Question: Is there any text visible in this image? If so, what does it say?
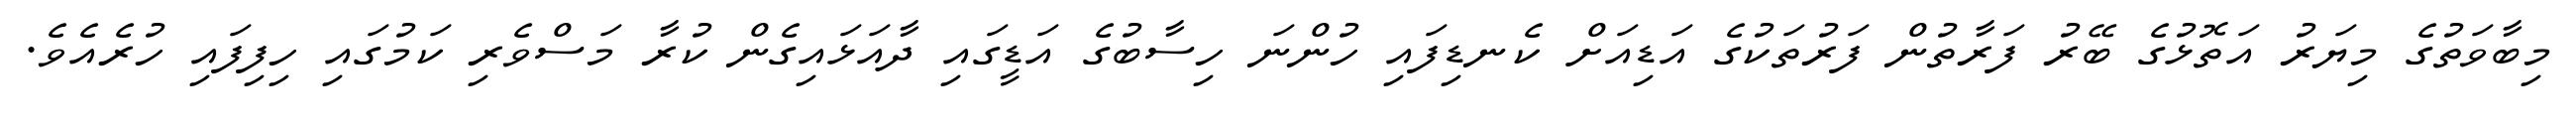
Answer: މިބާވަތުގެ މިޔަރު އަތޮޅުގެ ބޭރު ފަރާތުން ފަރުތަކުގެ އަޑިއަށް ކެނޑިފައި ހުންނަ ހިސާބުގެ އަޑީގައި ދާއަޅައިގެން ކުރާ މަސްވެރި ކަމުގައި ހިފިފައި ހުރެއެވެ.